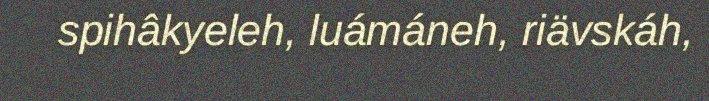
spihâkyeleh, luámáneh, riävskáh,